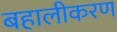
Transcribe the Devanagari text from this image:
बहालीकरण